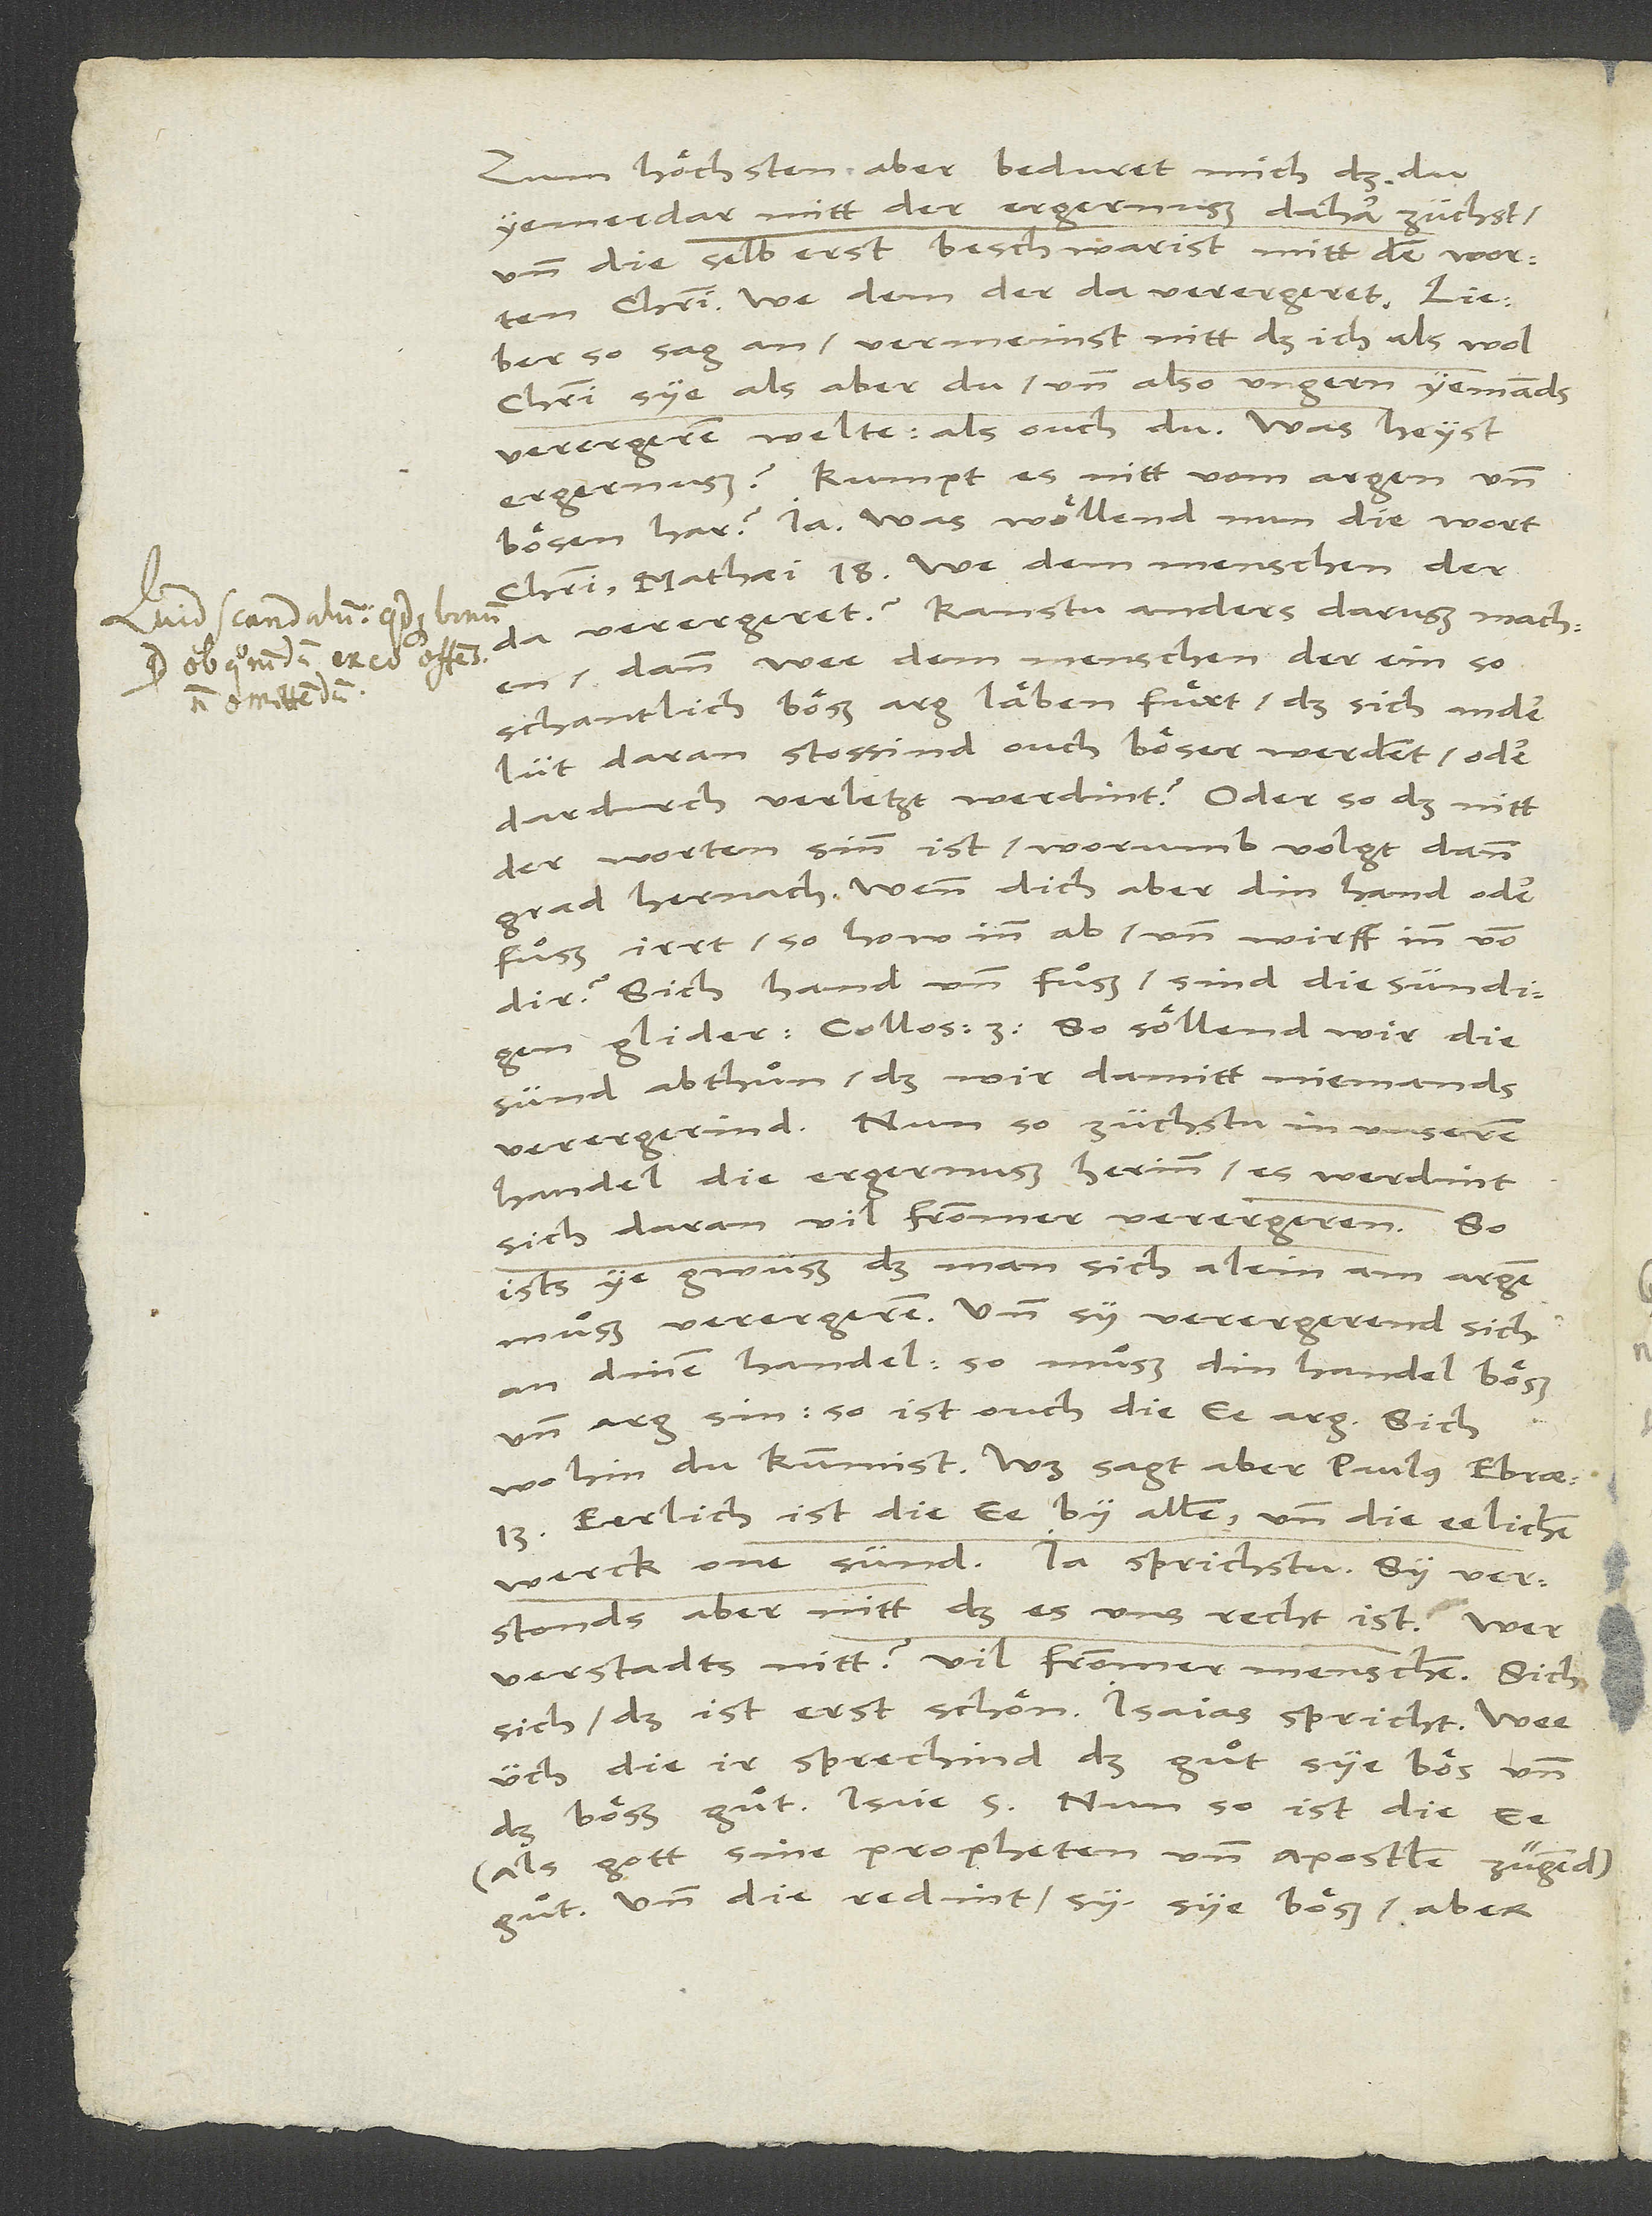
Zum höchsten aber beduret mich, daß du
yemerdar mitt der ergernuß dahar züchst
und die selb erst beschwarist mitt den worten
Christi: «We dem, der da verergeret!» .
S.
sünd abthuͤn, daß wir damitt niemands
handel die ergernuß herinn: es werdint
sich daran vil frommer verergeren. So
ists ye gwüß, daß man sich alein am argen
muͤß verergeren; und sy verergerend sich
an dinem handel, so muͤß din handel böß
und arg sin: so ist ouch die ee arg. Sich,
wohin du kummist! Was sagt aber Paulus Ebrae.
als gott sine propheten und apostlen zügen,
und die redint, sy sye böß, aber